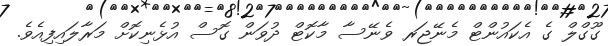
ގޫގްލް ގެ އެކައުންޓް މެނޭޖަރ ވެނޭސާ މާކޮޓް ދުވަން ގޮސް އުޅެނިކޮށް މަރާލައިފިއެވެ.